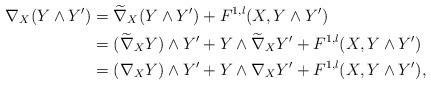
LaTeX: \begin{align*}\nabla_X (Y\wedge Y')&=\widetilde{\nabla}_X(Y\wedge Y')+F^{1,l}(X,Y\wedge Y')\\&=(\widetilde{\nabla}_X Y)\wedge Y'+Y\wedge \widetilde{\nabla}_X Y'+F^{1,l}(X,Y\wedge Y')\\&=(\nabla_X Y)\wedge Y'+Y\wedge \nabla_X Y'+F^{1,l}(X,Y\wedge Y'),\end{align*}